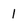
Character: I